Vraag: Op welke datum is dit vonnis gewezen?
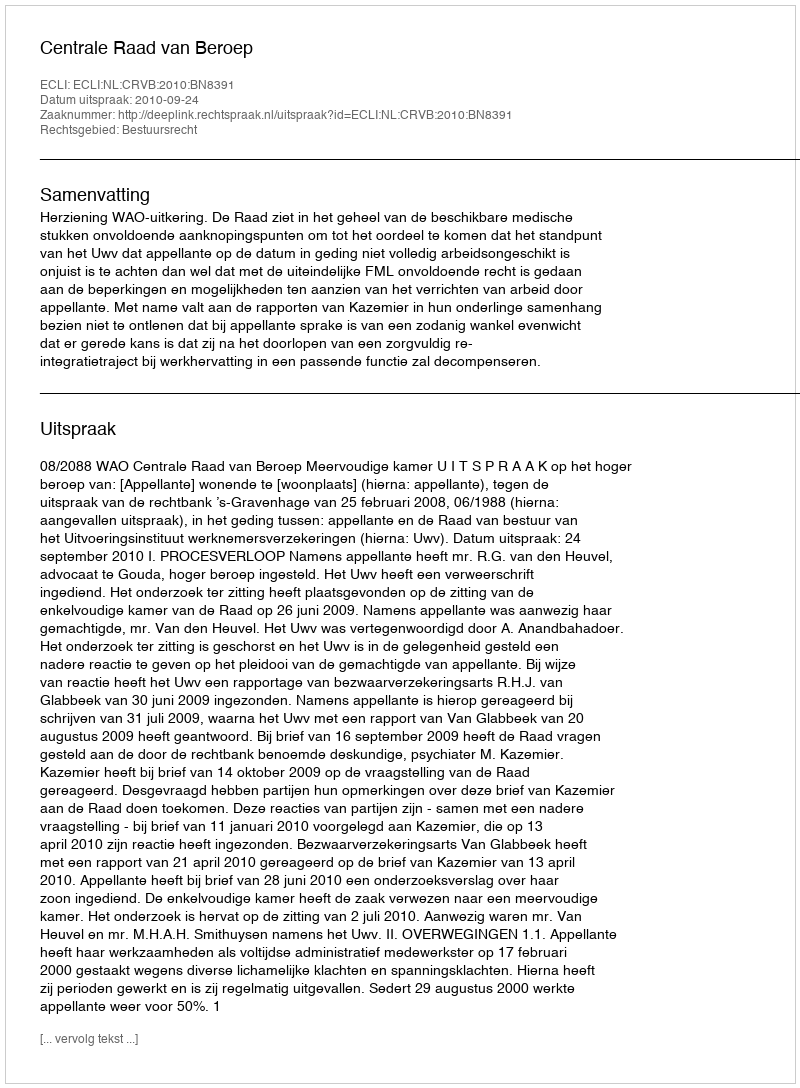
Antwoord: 2010-09-24